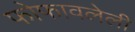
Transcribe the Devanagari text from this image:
फोफावलेली